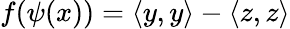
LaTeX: f(\psi(x))=\langle y,y\rangle-\langle z,z\rangle